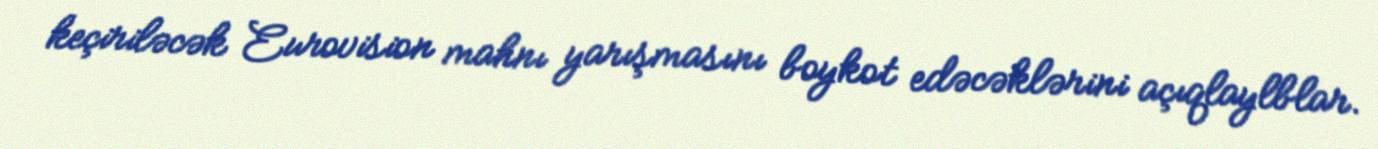
keçiriləcək Eurovision mahnı yarışmasını boykot edəcəklərini açıqlaylblar.